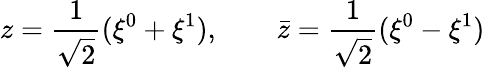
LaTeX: z={\frac{1}{\sqrt 2}}(\xi^{0}+\xi^{1}),\qquad\bar{z}={\frac{1}{\sqrt 2}}(\xi^{0}-\xi^{1})